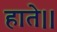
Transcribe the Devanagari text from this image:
हाते।।